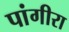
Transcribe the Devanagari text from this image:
पांगीरा